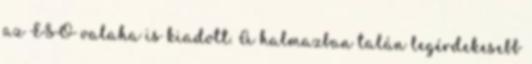
az ESO valaha is kiadott. A halmazban talán legérdekesebb